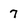
Character: 7